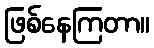
ဖြစ်နေကြတာ။